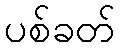
ပစ်ခတ်